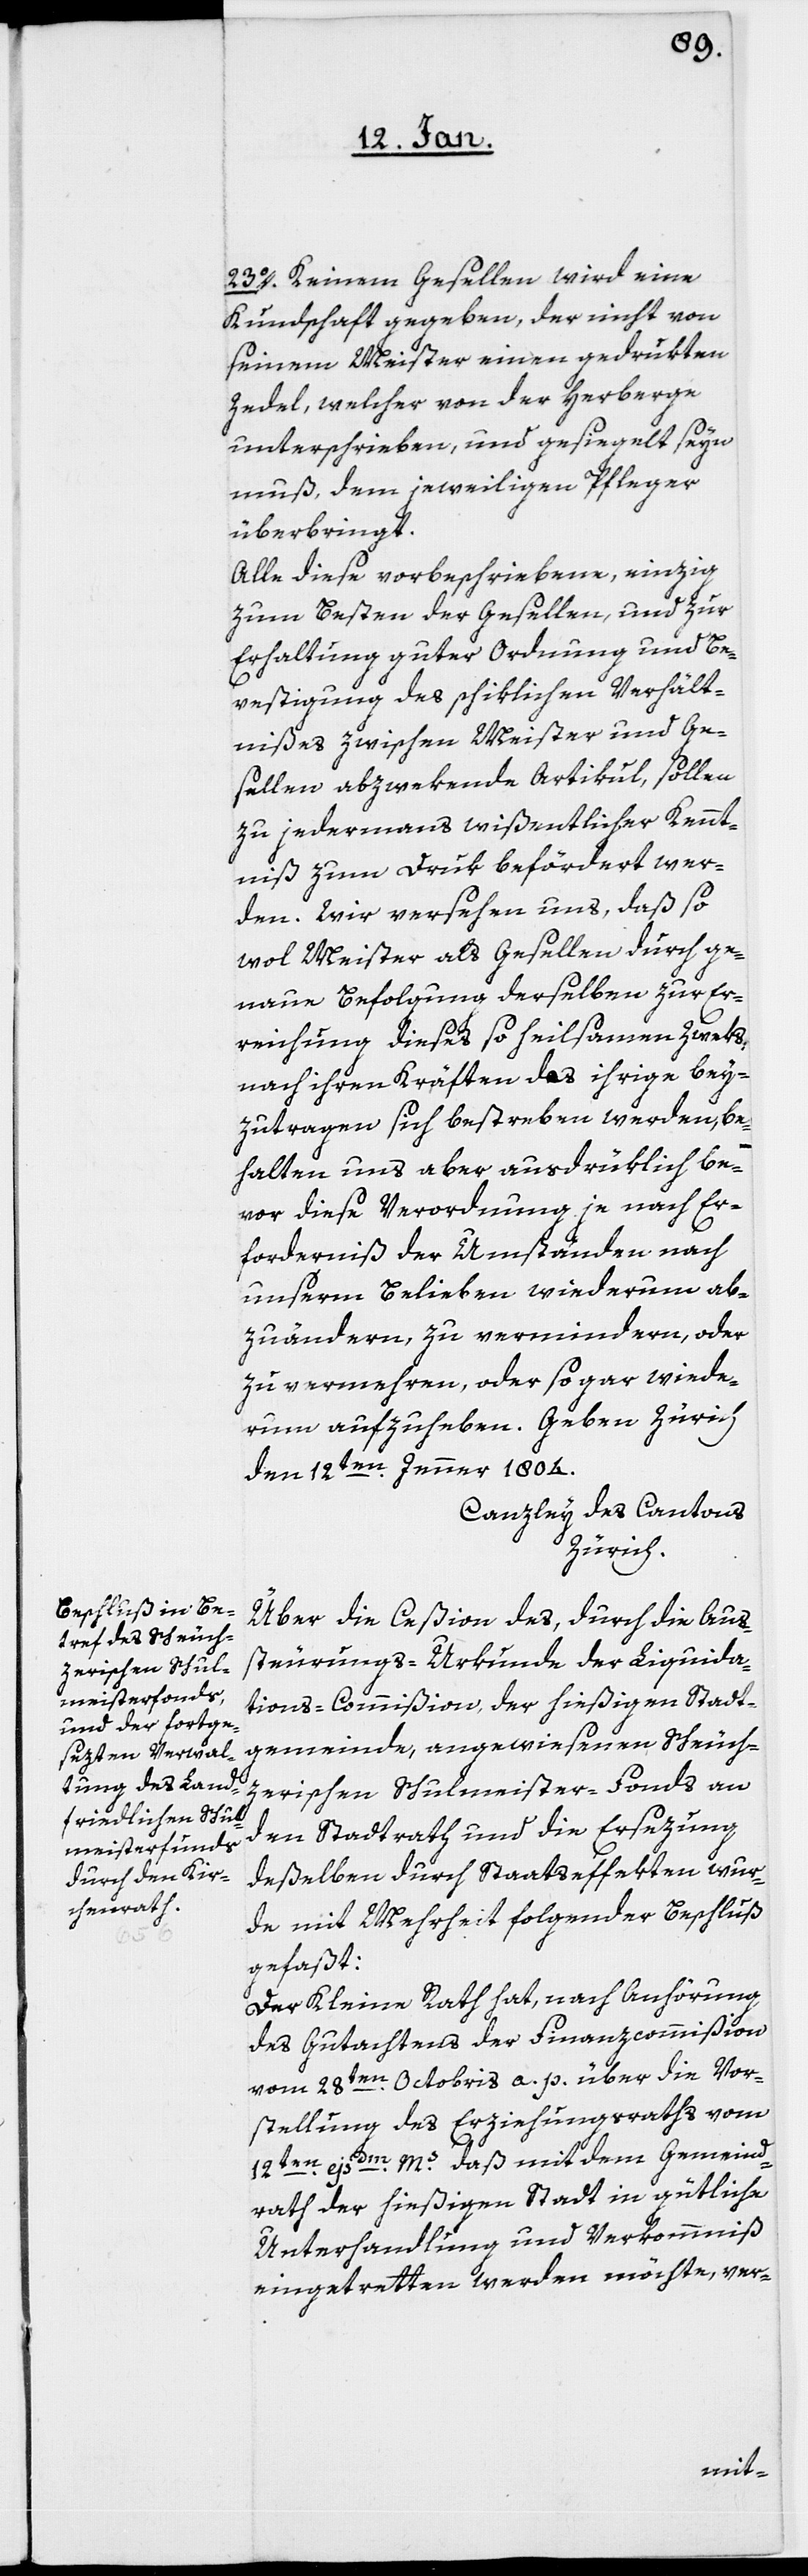
23o. Keinem Gesellen wird eine
Kundschaft gegeben, der nicht von
seinem Meister einen gedrukten
Zedel, welcher von der Herberge
unterschrieben und gesiegelt seyn
muß, dem jeweiligen Pfleger
überbringt.
Alle diese vorbeschriebene, einzig
zum Besten der Gesellen, und zur
Erhaltung guter Ordnung und Be¬
festigung des schiklichen Verhält¬
nißes zwischen Meister und Ge¬
sellen abzwekende Artikul, sollen
zu jedermans wißentlicher Kennt¬
niß zum Druk befördert wer¬
den. Wir versehen uns, daß so
wol Meister als Gesellen durch ge¬
naue Befolgung derselben zur Er¬
reichung dieses so heilsamen Zweks
nach ihren Kräften das ihrige bey¬
zutragen sich bestreben werden, be¬
halten uns aber ausdrüklich be¬
vor, diese Verordnung je nach Er¬
forderniß der Umstände nach
unserm Belieben wiederum ab¬
zuändern, zu vermindern, oder
zu vermehren, oder sogar wiederum
den 12ten. Jenner 1804.
Canzley des Cantons
Zürich.
Über die Ceßion des, durch die Aus¬
steurungs-Urkunde der Liquida¬
tions-Commißion der hießigen Stadt¬
gemeinde, angewiesenen Scheuch¬
zerischen Schulmeister-Fonds an
den Stadtrath und die Ersezung
deßelben durch Staatseffekten wur¬
de mit Mehrheit folgender Beschluß
gefaßt:
Der Kleine Rath hat, nach Anhörung
des Gutachtens der Finanzcommißion
vom 28sten Octobris a. p. über die Vor¬
stellung des Erziehungsraths vom
12ten. ejsdm. Ms. daß mit dem Gemeind¬
rath der hießigen Stadt in gütliche
Unterhandlung und Verkommniß
eingetretten werden möchte, ver-